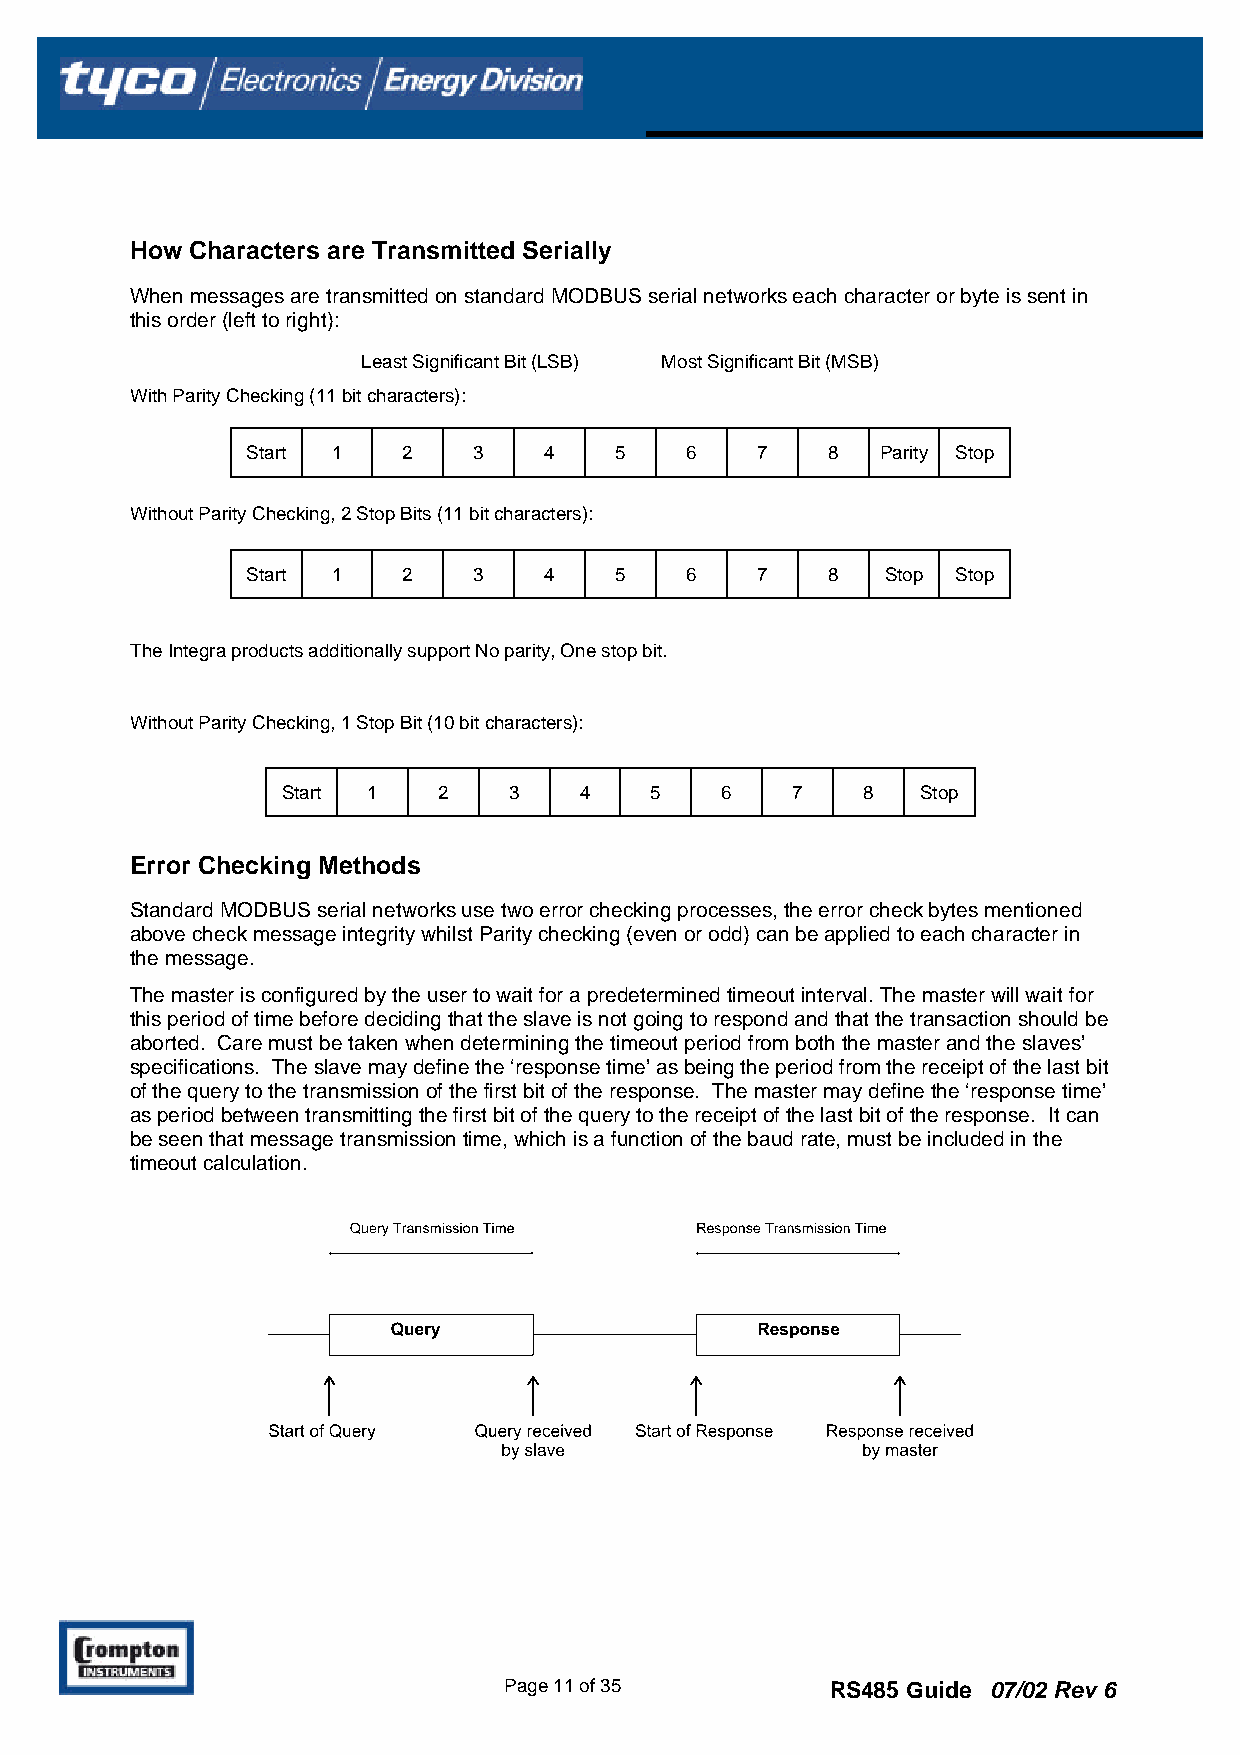
How Characters are Transmitted Serially
 When messages are transmitted on standard MODBUS serial networks each character or byte is sent in
 this order (left to right):
 Least Significant Bit (LSB) Most Significant Bit (MSB)
 With Parity Checking (11 bit characters):
 Start 1    2   3    4    5   6    7    8  Parity Stop
 Without Parity Checking, 2 Stop Bits (11 bit characters):
 Start 1    2   3    4    5   6    7    8   Stop Stop
 The Integra products additionally support No parity, One stop bit.
 Without Parity Checking, 1 Stop Bit (10 bit characters):
 Start 1   2    3   4    5    6   7    8   Stop
 Error Checking Methods
 Standard MODBUS serial networks use two error checking processes, the error check bytes mentioned
 above check message integrity whilst Parity checking (even or odd) can be applied to each character in
 the message.
 The master is configured by the user to wait for a predetermined timeout interval. The master will wait for
 this period of time before deciding that the slave is not going to respond and that the transaction should be
 aborted. Care must be taken when determining the timeout period from both the master and the slaves’
 specifications. The slave may define the ‘response time’ as being the period from the receipt of the last bit
 of the query to the transmission of the first bit of the response. The master may define the ‘response time’
 as period between transmitting the first bit of the query to the receipt of the last bit of the response. It can
 be seen that message transmission time, which is a function of the baud rate, must be included in the
 timeout calculation.
 Page 11 of 35         RS485 Guide 07/02 Rev 6